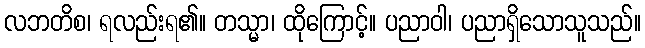
လဘတိစ၊ ရလည်းရ၏။ တသ္မာ၊ ထိုကြောင့်။ ပညာဝါ၊ ပညာရှိသောသူသည်။